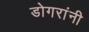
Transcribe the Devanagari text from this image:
डोगरांनी